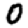
Digit: 0